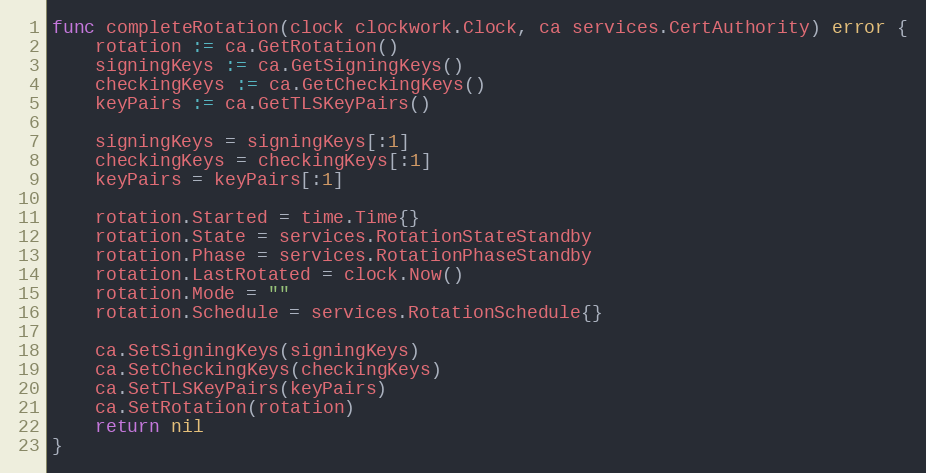
Language: Go
func completeRotation(clock clockwork.Clock, ca services.CertAuthority) error {
	rotation := ca.GetRotation()
	signingKeys := ca.GetSigningKeys()
	checkingKeys := ca.GetCheckingKeys()
	keyPairs := ca.GetTLSKeyPairs()

	signingKeys = signingKeys[:1]
	checkingKeys = checkingKeys[:1]
	keyPairs = keyPairs[:1]

	rotation.Started = time.Time{}
	rotation.State = services.RotationStateStandby
	rotation.Phase = services.RotationPhaseStandby
	rotation.LastRotated = clock.Now()
	rotation.Mode = ""
	rotation.Schedule = services.RotationSchedule{}

	ca.SetSigningKeys(signingKeys)
	ca.SetCheckingKeys(checkingKeys)
	ca.SetTLSKeyPairs(keyPairs)
	ca.SetRotation(rotation)
	return nil
}